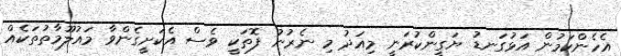
އެހެންކަމުން އަޅުގަނޑު ޔަގީންކުރަނީ މިއަދު މި ނެރުނު ފޮތަކީ ވެސް އެކަށީގެންވާ މައުލޫމާތުތަކެއް